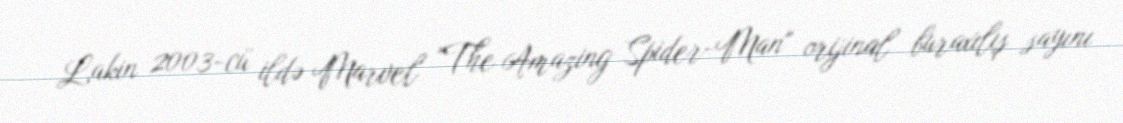
Lakin 2003-cü ildə Marvel "The Amazing Spider-Man" orijinal buraxılış sayını